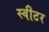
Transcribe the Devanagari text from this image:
स्वीटर